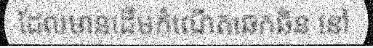
ដែលមានដើមកំណើតឆេកឆិន នៅ